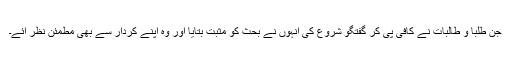
جن طلبا و طالبات نے کافی پی کر گفتگو شروع کی انہوں نے بحث کو مثبت بتایا اور وہ اپنے کردار سے بھی مطمئن نظر آئے۔